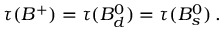
\tau ( B ^ { + } ) = \tau ( B _ { d } ^ { 0 } ) = \tau ( B _ { s } ^ { 0 } ) \, .